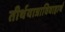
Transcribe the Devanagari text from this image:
तीर्थयात्राविवाहार्थ